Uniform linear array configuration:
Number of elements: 12
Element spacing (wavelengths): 0.75
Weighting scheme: hann
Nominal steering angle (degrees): -60
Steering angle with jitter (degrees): -60.006
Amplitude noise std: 0.05
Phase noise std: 0.05

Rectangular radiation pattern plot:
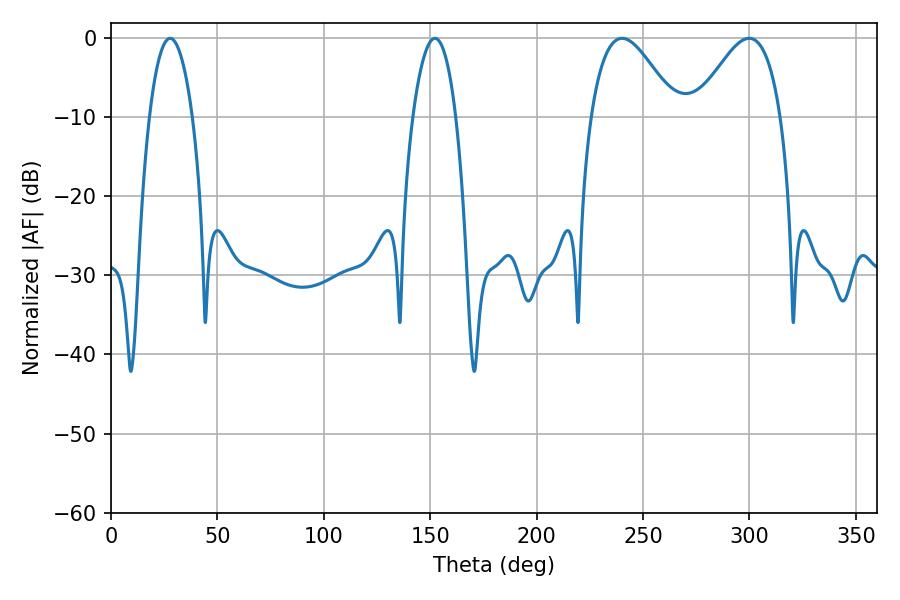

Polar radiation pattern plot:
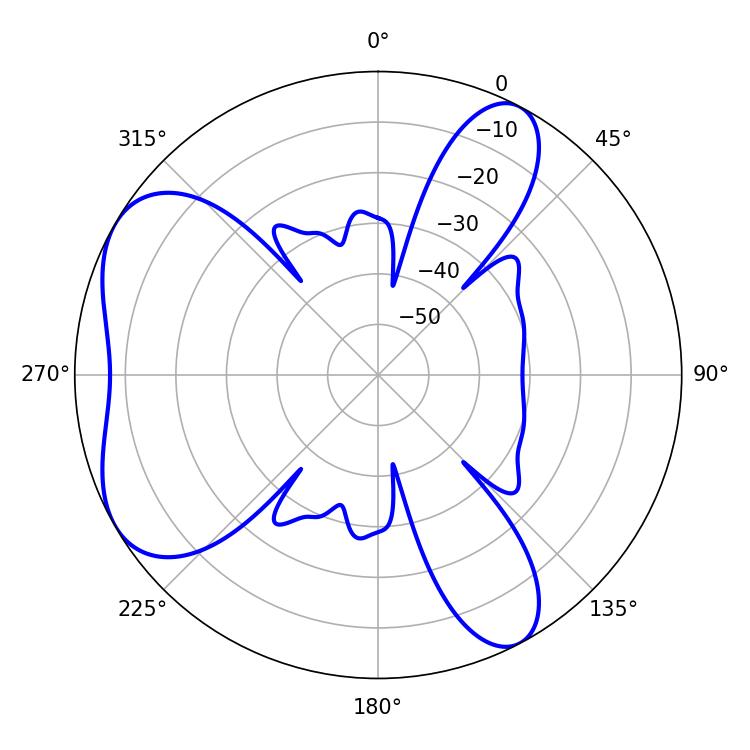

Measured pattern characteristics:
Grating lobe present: TRUE
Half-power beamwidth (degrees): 21.6
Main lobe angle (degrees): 240.12